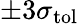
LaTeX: \pm 3\sigma_{\mathrm{tol}}